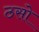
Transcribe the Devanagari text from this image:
ठसो